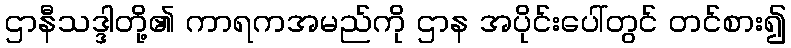
ဌာနီသဒ္ဒါတို့၏ ကာရကအမည်ကို ဌာန အပိုင်းပေါ်တွင် တင်စား၍